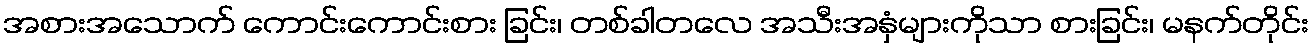
အစားအသောက် ကောင်းကောင်းစား ခြင်း၊ တစ်ခါတလေ အသီးအနှံများကိုသာ စားခြင်း၊ မနက်တိုင်း